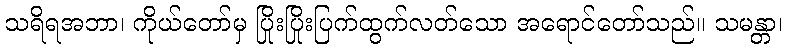
သရိရအဘာ၊ ကိုယ်တော်မှ ပြိုးပြိုးပြက်ထွက်လတ်သော အရောင်တော်သည်။ သမန္တာ၊